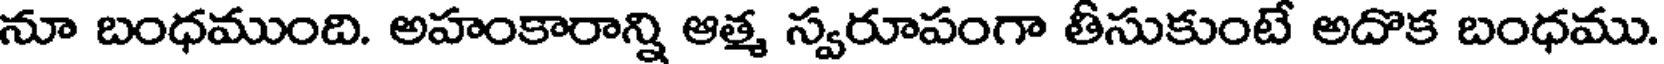
నూ బంధముంది. అహంకారాన్ని ఆత్మ స్వరూపంగా తీసుకుంటే అదొక బంధము